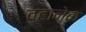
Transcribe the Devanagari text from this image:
व्हानेक